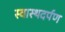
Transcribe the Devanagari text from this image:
स्वास्थदर्पण